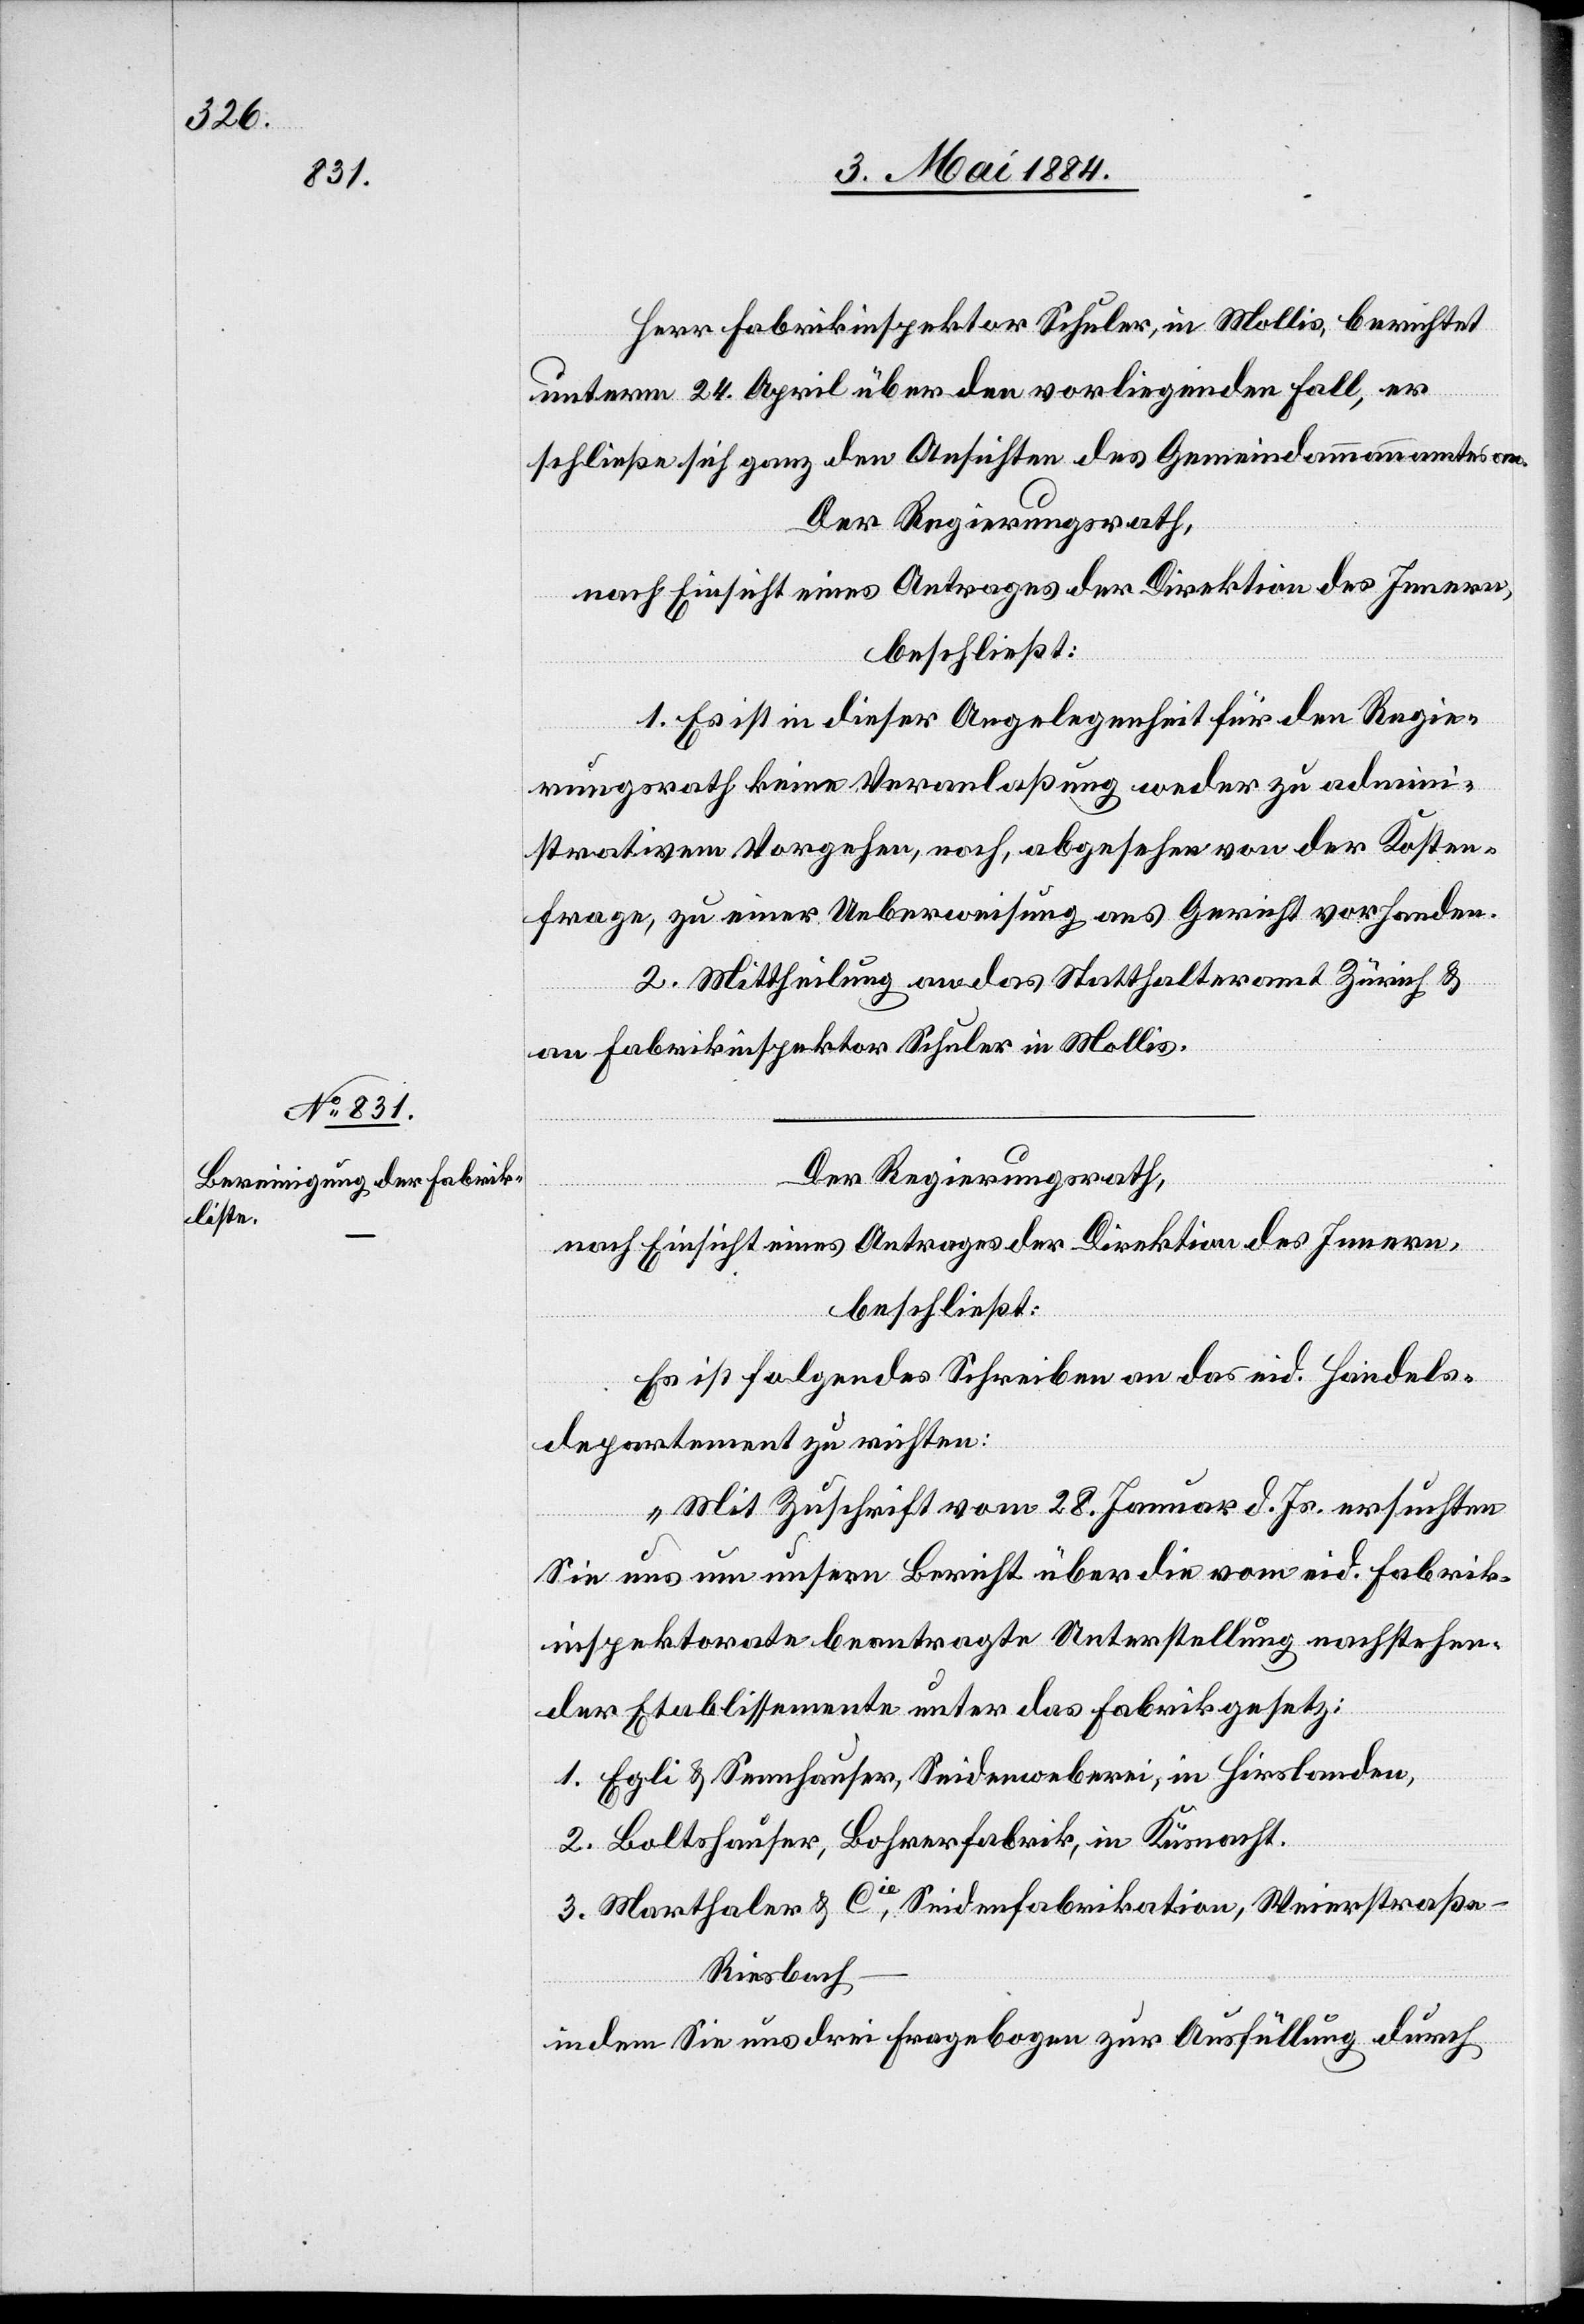
Herr Fabrikinspektor Schuler, in Mollis, berichtet
unterm 24. April über den vorliegenden Fall, er
schließe sich ganz den Ansichten des Gemeindammannamtes an.
Der Regierungsrath,
nach Einsicht eines Antrages der Direktion des Innern,
beschließt:
1. Es ist in dieser Angelegenheit für den Regie¬
rungsrath keine Veranlaßung weder zu admini¬
strativem Vorgehen, noch, abgesehen von der Kosten¬
frage, zu einer Ueberweisung ans Gericht vorhanden.
2. Mittheilung an das Statthalteramt Zürich &
an Fabrikinspektor Schuler in Mollis.
Der Regierungsrath,
nach Einsicht eines Antrages der Direktion des Innern,
beschließt:
Es ist folgendes Schreiben an das eid. Handels¬
departement zu richten:
„Mit Zuschrift vom 28. Januar d. Js. ersuchten
Sie uns um unsern Bericht über die vom eid. Fabrik¬
inspektorate beantragte Unterstellung nachstehen¬
der Etablissemente unter das Fabrikgesetz:
1. Egli & Sennhauser, Seidenweberei, in Hirslanden,
2. Boltshauser, Bohrerfabrik, in Küsnacht.
3. Marthaler & Cie, Seidenfabrikanten, Weierstraße
Riesbach
indem Sie uns drei Fragebogen zur Ausfüllung durch